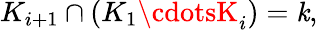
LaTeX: K_{i+1}\cap(K_{1}\cdotsK_{i})=\mathit{k},